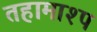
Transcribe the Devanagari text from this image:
तहामाश्प